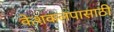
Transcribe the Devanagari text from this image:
केशकलपासाठी